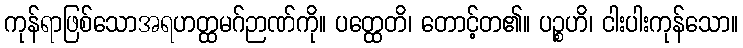
ကုန်ရာဖြစ်သောအရဟတ္ထမဂ်ဉာဏ်ကို။ ပတ္ထေတိ၊ တောင့်တ၏။ ပဉ္စဟိ၊ ငါးပါးကုန်သော။